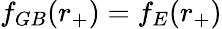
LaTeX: f_{GB}(r_{+})=f_{E}(r_{+})